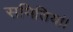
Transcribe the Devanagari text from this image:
समितियां।